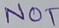
Text: NOT